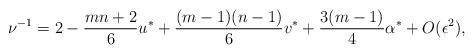
LaTeX: \begin{align*}\nu^{-1} = 2 -{m n+2 \over 6}u^\ast+ {(m-1)(n-1) \over 6}v^\ast+{3(m-1) \over 4}\alpha^\ast + O(\epsilon^2),\end{align*}